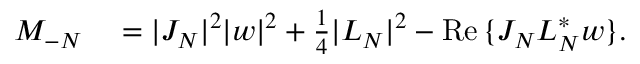
\begin{array} { r l } { M _ { - N } } & { { } = | J _ { N } | ^ { 2 } | w | ^ { 2 } + \frac { 1 } { 4 } | L _ { N } | ^ { 2 } - \operatorname { R e } { \{ J _ { N } L _ { N } ^ { * } w \} } . } \end{array}